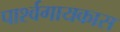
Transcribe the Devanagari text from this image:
पार्श्वगायकास